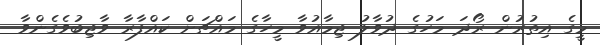
މީގެ އިތުރުން ރޯދަ މަހުގެ ދުވާލު ޖިމާއުވާ މީހާގެ މައްޗަށް ކައްފާރާ ވާޖިބުވެގެންވާ